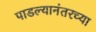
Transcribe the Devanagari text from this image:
पाडल्यानंतरच्या